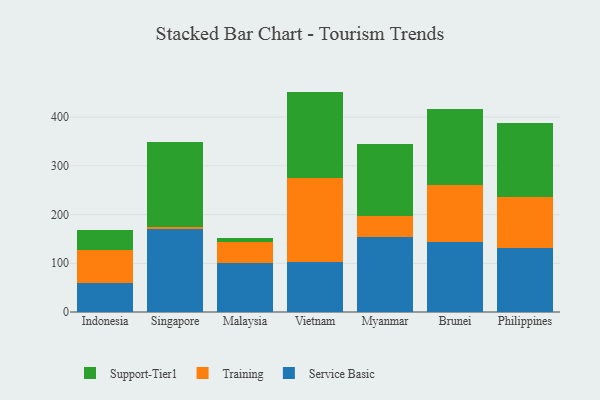
{"axis": {"x": "Country", "y": "Demand Index"}, "legend": ["Service Basic", "Support-Tier1", "Training"], "data": [{"x": "Indonesia", "y": 58.8, "type": "Service Basic"}, {"x": "Indonesia", "y": 68.0, "type": "Training"}, {"x": "Indonesia", "y": 40.9, "type": "Support-Tier1"}, {"x": "Singapore", "y": 169.8, "type": "Service Basic"}, {"x": "Singapore", "y": 5.1, "type": "Training"}, {"x": "Singapore", "y": 174.0, "type": "Support-Tier1"}, {"x": "Malaysia", "y": 100.4, "type": "Service Basic"}, {"x": "Malaysia", "y": 43.2, "type": "Training"}, {"x": "Malaysia", "y": 9.0, "type": "Support-Tier1"}, {"x": "Vietnam", "y": 103.2, "type": "Service Basic"}, {"x": "Vietnam", "y": 172.3, "type": "Training"}, {"x": "Vietnam", "y": 176.8, "type": "Support-Tier1"}, {"x": "Myanmar", "y": 154.1, "type": "Service Basic"}, {"x": "Myanmar", "y": 42.6, "type": "Training"}, {"x": "Myanmar", "y": 148.6, "type": "Support-Tier1"}, {"x": "Brunei", "y": 143.2, "type": "Service Basic"}, {"x": "Brunei", "y": 117.9, "type": "Training"}, {"x": "Brunei", "y": 154.8, "type": "Support-Tier1"}, {"x": "Philippines", "y": 131.8, "type": "Service Basic"}, {"x": "Philippines", "y": 103.2, "type": "Training"}, {"x": "Philippines", "y": 153.3, "type": "Support-Tier1"}]}